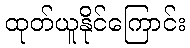
ထုတ်ယူနိုင်ကြောင်း